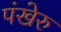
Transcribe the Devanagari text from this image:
पंखेरु